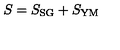
S = S _ { \mathrm { S G } } + S _ { \mathrm { Y M } }